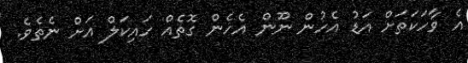
އެ ވާހަކަތަށް އަޑު އެހުން ނޫން އެހެން ގޮތެއް ހައިކަލް އަށް ނެތެވެ.